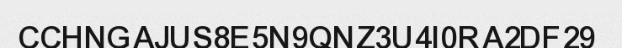
CCHNGAJUS8E5N9QNZ3U4I0RA2DF29